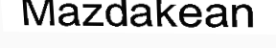
Mazdakean